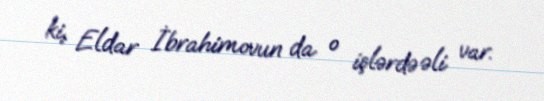
ki, Eldar İbrahimovun da o işlərdə əli var.